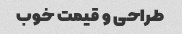
طراحی و قیمت خوب